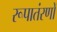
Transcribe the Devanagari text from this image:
रूपातंरणों